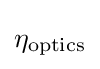
\eta _{\mathrm {optics} }